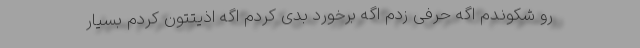
رو شکوندم اگه حرفی زدم اگه برخورد بدی کردم اگه اذیتتون کردم بسیار